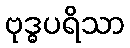
ဗုဒ္ဓပရိသာ